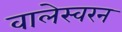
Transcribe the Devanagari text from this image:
वालेस्वरन